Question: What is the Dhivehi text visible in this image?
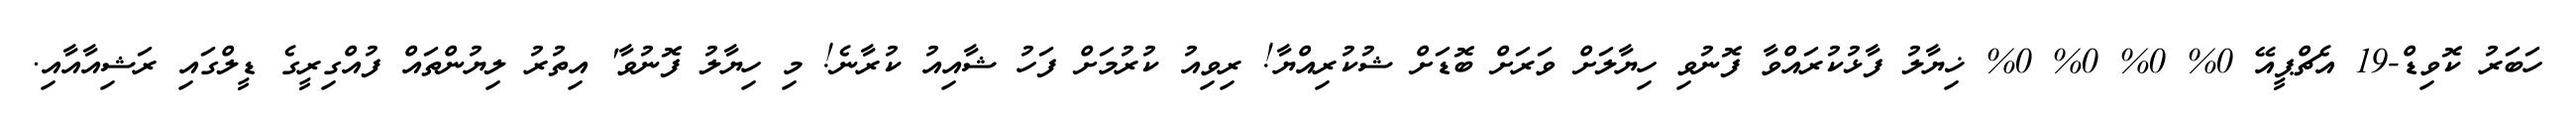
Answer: ހަބަރު ކޮވިޑް-19 އެޗްޕީއޭ 0% 0% 0% 0% ޚިޔާލު ފާޅުކުރައްވާ ފޮނުވި ހިޔާލަށް ވަރަށް ބޮޑަށް ޝުކުރިއްޔާ! ރިވިއު ކުރުމަށް ފަހު ޝާއިއު ކުރާނެ! މި ހިޔާލު ފޮނުވާ' އިތުރު ލިޔުންތައް ފުއްގިރީގެ ޑީލްގައި ރަޝިއާއާއި.